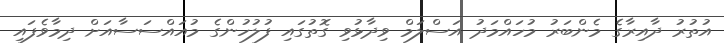
އުތުރު ދާއިރާގެ މެންބަރު މުހައްމަދު އަސްލަމް ވިދާޅުވި ގޮތުގައި ފުލުހުންގެ މުއައްސަސާއަށް ދިމާވެފައި